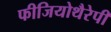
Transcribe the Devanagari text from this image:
फीजियोथैरेपी